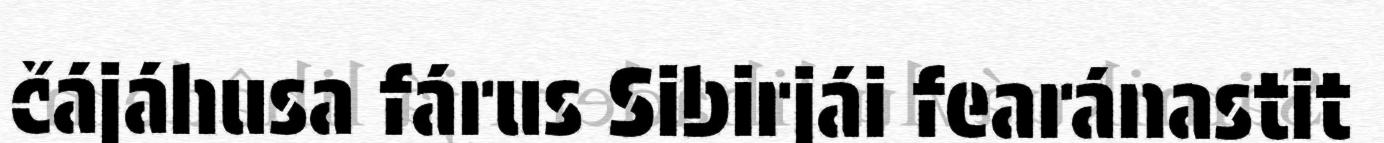
čájáhusa fárus Sibirjái fearánastit